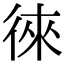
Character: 徠